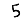
Digit: 5